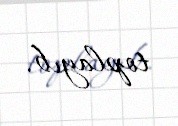
toplayıb.